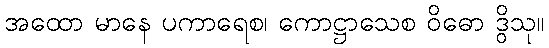
အထော မာနေ ပကာရေစ၊ ကောဋ္ဌာသေစ ဝိဓော ဒွိသု။